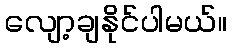
လျော့ချနိုင်ပါမယ်။